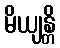
မိယျန္တိ